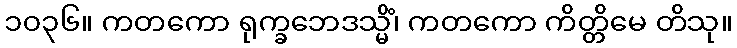
၁၀၃၆။ ကတကော ရုက္ခဘေဒသ္မိံ၊ ကတကော ကိတ္တိမေ တိသု။